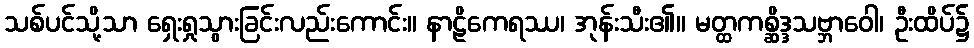
သစ်ပင်သို့သာ ရှေးရှုသွားခြင်းလည်းကောင်း။ နာဠိကေရဿ၊ အုန်းသီး၏။ မတ္ထကစ္ဆိဒ္ဒသဗ္ဘာဝေါ၊ ဦးထိပ်၌